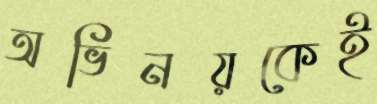
অভিনয়কেই